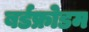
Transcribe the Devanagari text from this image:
बर्डफ्राेेडम